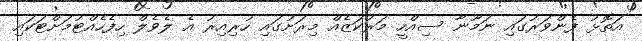
އަތޮޅު ފެންވަރުގައި ނަމޫނާ ސިއްހީ މަރުކަޒެއް މިރަށުގައި ހުރިއިރު އެ ލެވެލް ހިފެހެއްޓުމަށްޓަކައި